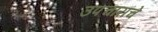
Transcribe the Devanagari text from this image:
उपचारांचे